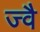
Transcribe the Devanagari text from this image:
ज्‍वै